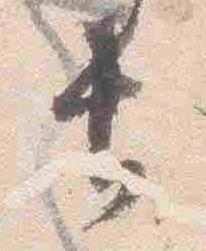
長